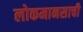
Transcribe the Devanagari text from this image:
लोकमानसाची